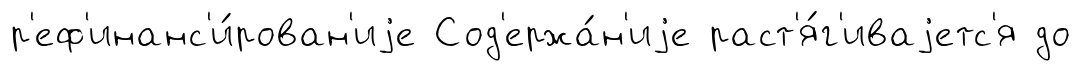
р'еф'инанс'и́рован'иjе Сод'ержа́н'иjе раст'я́г'иваjетс'я до